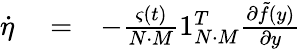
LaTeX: \begin{array}{rlr}{\dot{\eta}}&{{}=}&{-\frac{\varsigma(t)}{N\cdot M}1_{N\cdot M}^{T}\frac{\partial\tilde{f}(y)}{\partial y}}\end{array}